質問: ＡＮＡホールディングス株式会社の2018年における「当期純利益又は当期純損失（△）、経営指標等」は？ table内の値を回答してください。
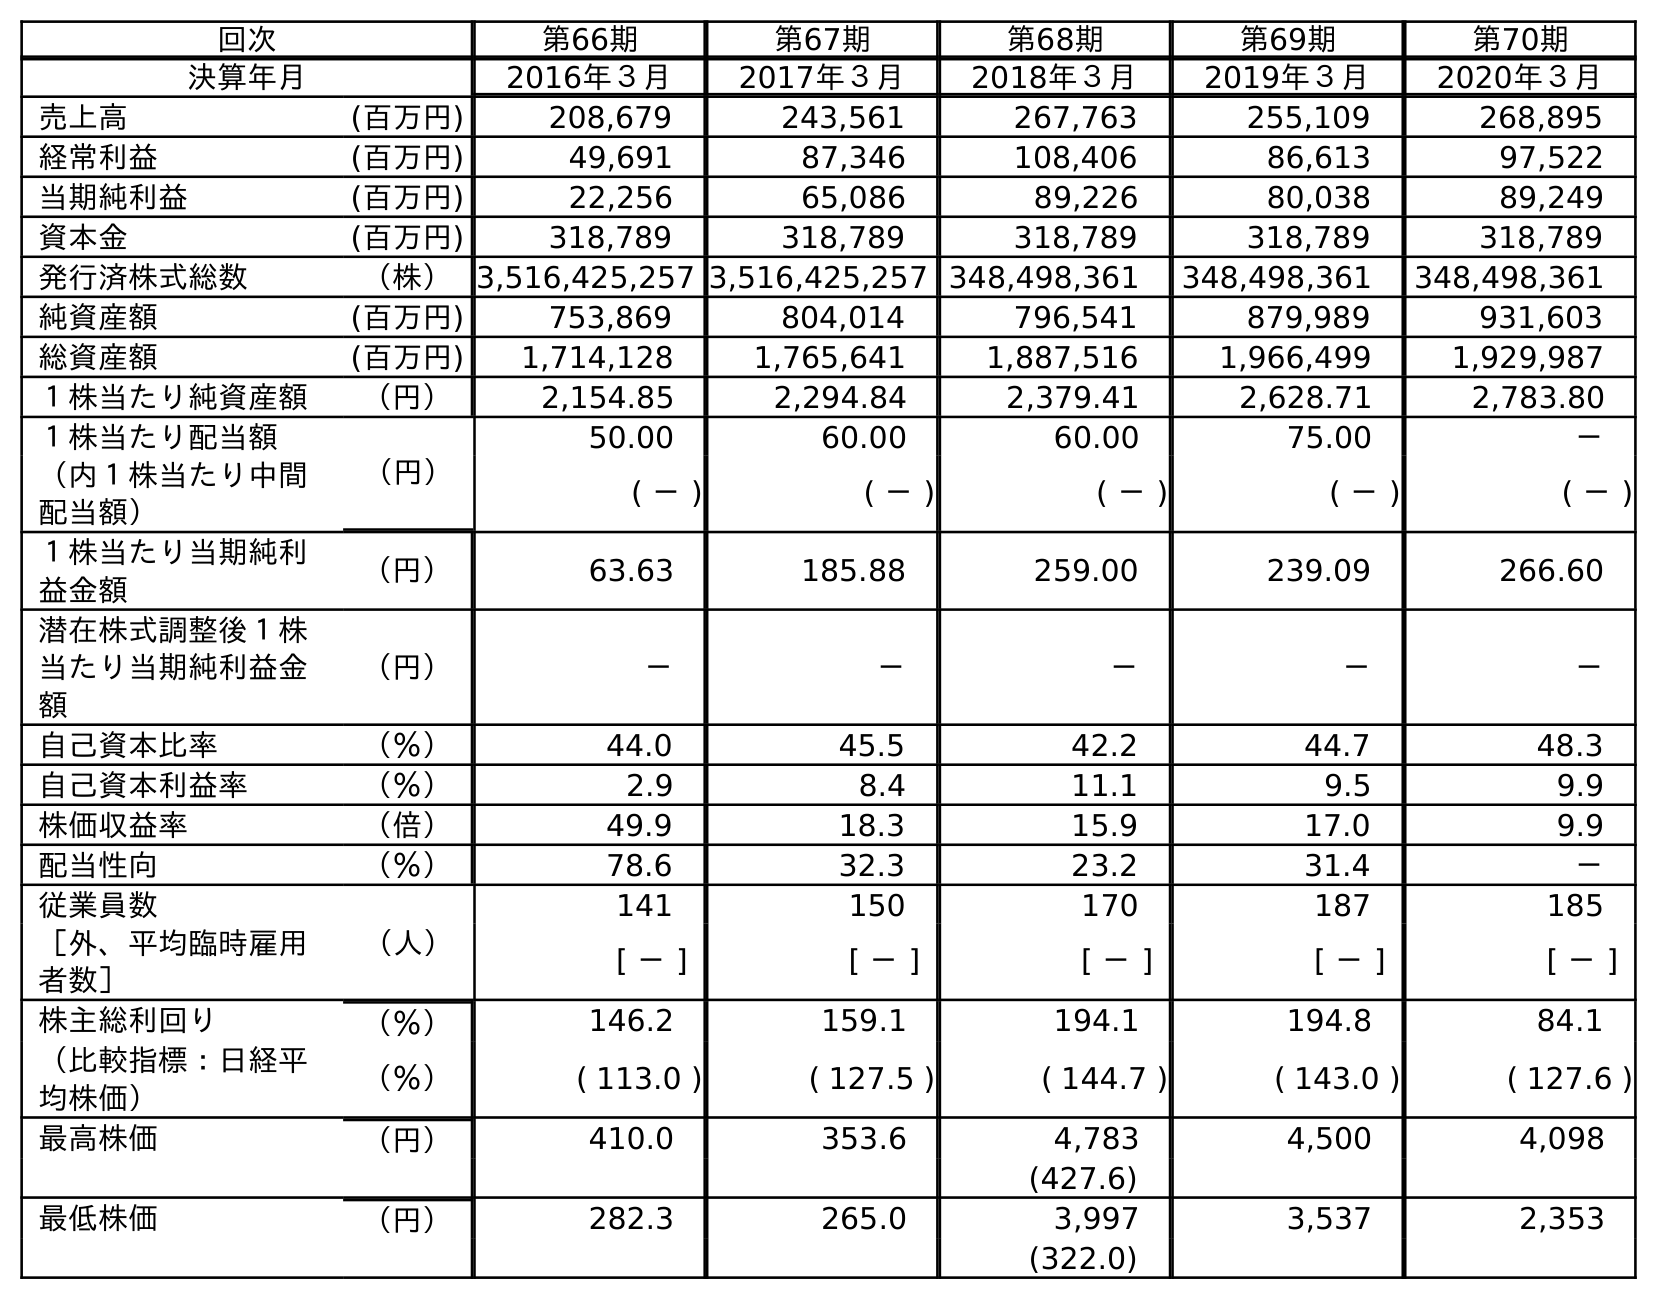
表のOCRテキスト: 回次 第66期 第67期 第68期 第69期 第70期 決算年月 2016年３月 2017年３月 2018年３月 2019年３月 2020年３月 売上高 (百万円) 208,679 243,561 267,763 255,109 268,895 経常利益 (百万円) 49,691 87,346 108,406 86,613 97,522 当期純利益 (百万円) 22,256 65,086 89,226 80,038 89,249 資本金 (百万円) 318,789 318,789 318,789 318,789 318,789 発行済株式総数 （株）3,516,425,257 3,516,425,257 348,498,361 348,498,361 348,498,361 純資産額 (百万円) 753,869 804,014 796,541 879,989 931,603 総資産額 (百万円) 1,714,128 1,765,641 1,887,516 1,966,499 1,929,987 １株当たり純資産額 （円） 2,154.85 2,294.84 2,379.41 2,628.71 2,783.80 １株当たり配当額 （円） 50.00 60.00 60.00 75.00 － （内１株当たり中間 配当額） ( － ) ( － ) ( － ) ( － ) ( － ) １株当たり当期純利 益金額 （円） 63.63 185.88 259.00 239.09 266.60 潜在株式調整後１株 当たり当期純利益金 額 （円） － － － － － 自己資本比率 （％） 44.0 45.5 42.2 44.7 48.3 自己資本利益率 （％） 2.9 8.4 11.1 9.5 9.9 株価収益率 （倍） 49.9 18.3 15.9 17.0 9.9 配当性向 （％） 78.6 32.3 23.2 31.4 － 従業員数 （人） 141 150 170 187 185 ［外、平均臨時雇用 者数］ [ － ] [ － ] [ － ] [ － ] [ － ] 株主総利回り （％） 146.2 159.1 194.1 194.8 84.1 （比較指標：日経平 均株価） （％） ( 113.0 ) ( 127.5 ) ( 144.7 ) ( 143.0 ) ( 127.6 ) 最高株価 （円） 410.0 353.6 4,783 4,500 4,098 (427.6) 最低株価 （円） 282.3 265.0 3,997 3,537 2,353 (322.0)
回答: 89,226